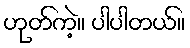
ဟုတ်ကဲ့။ ပါပါတယ်။